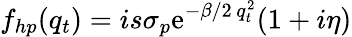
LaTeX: f_{hp}(q_{t})=is\sigma_{p}\mathrm{e}^{-\beta/2\, q_{t}^{2}}(1+i\eta)